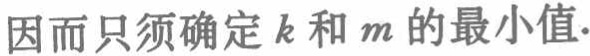
因而只须确定\(k\)和\(m\)的最小值.